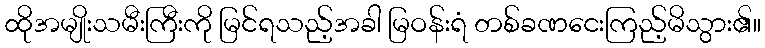
ထိုအမျိုးသမီးကြီးကို မြင်ရသည့်အခါ မြဝန်းရံ တစ်ခဏငေးကြည့်မိသွား၏။